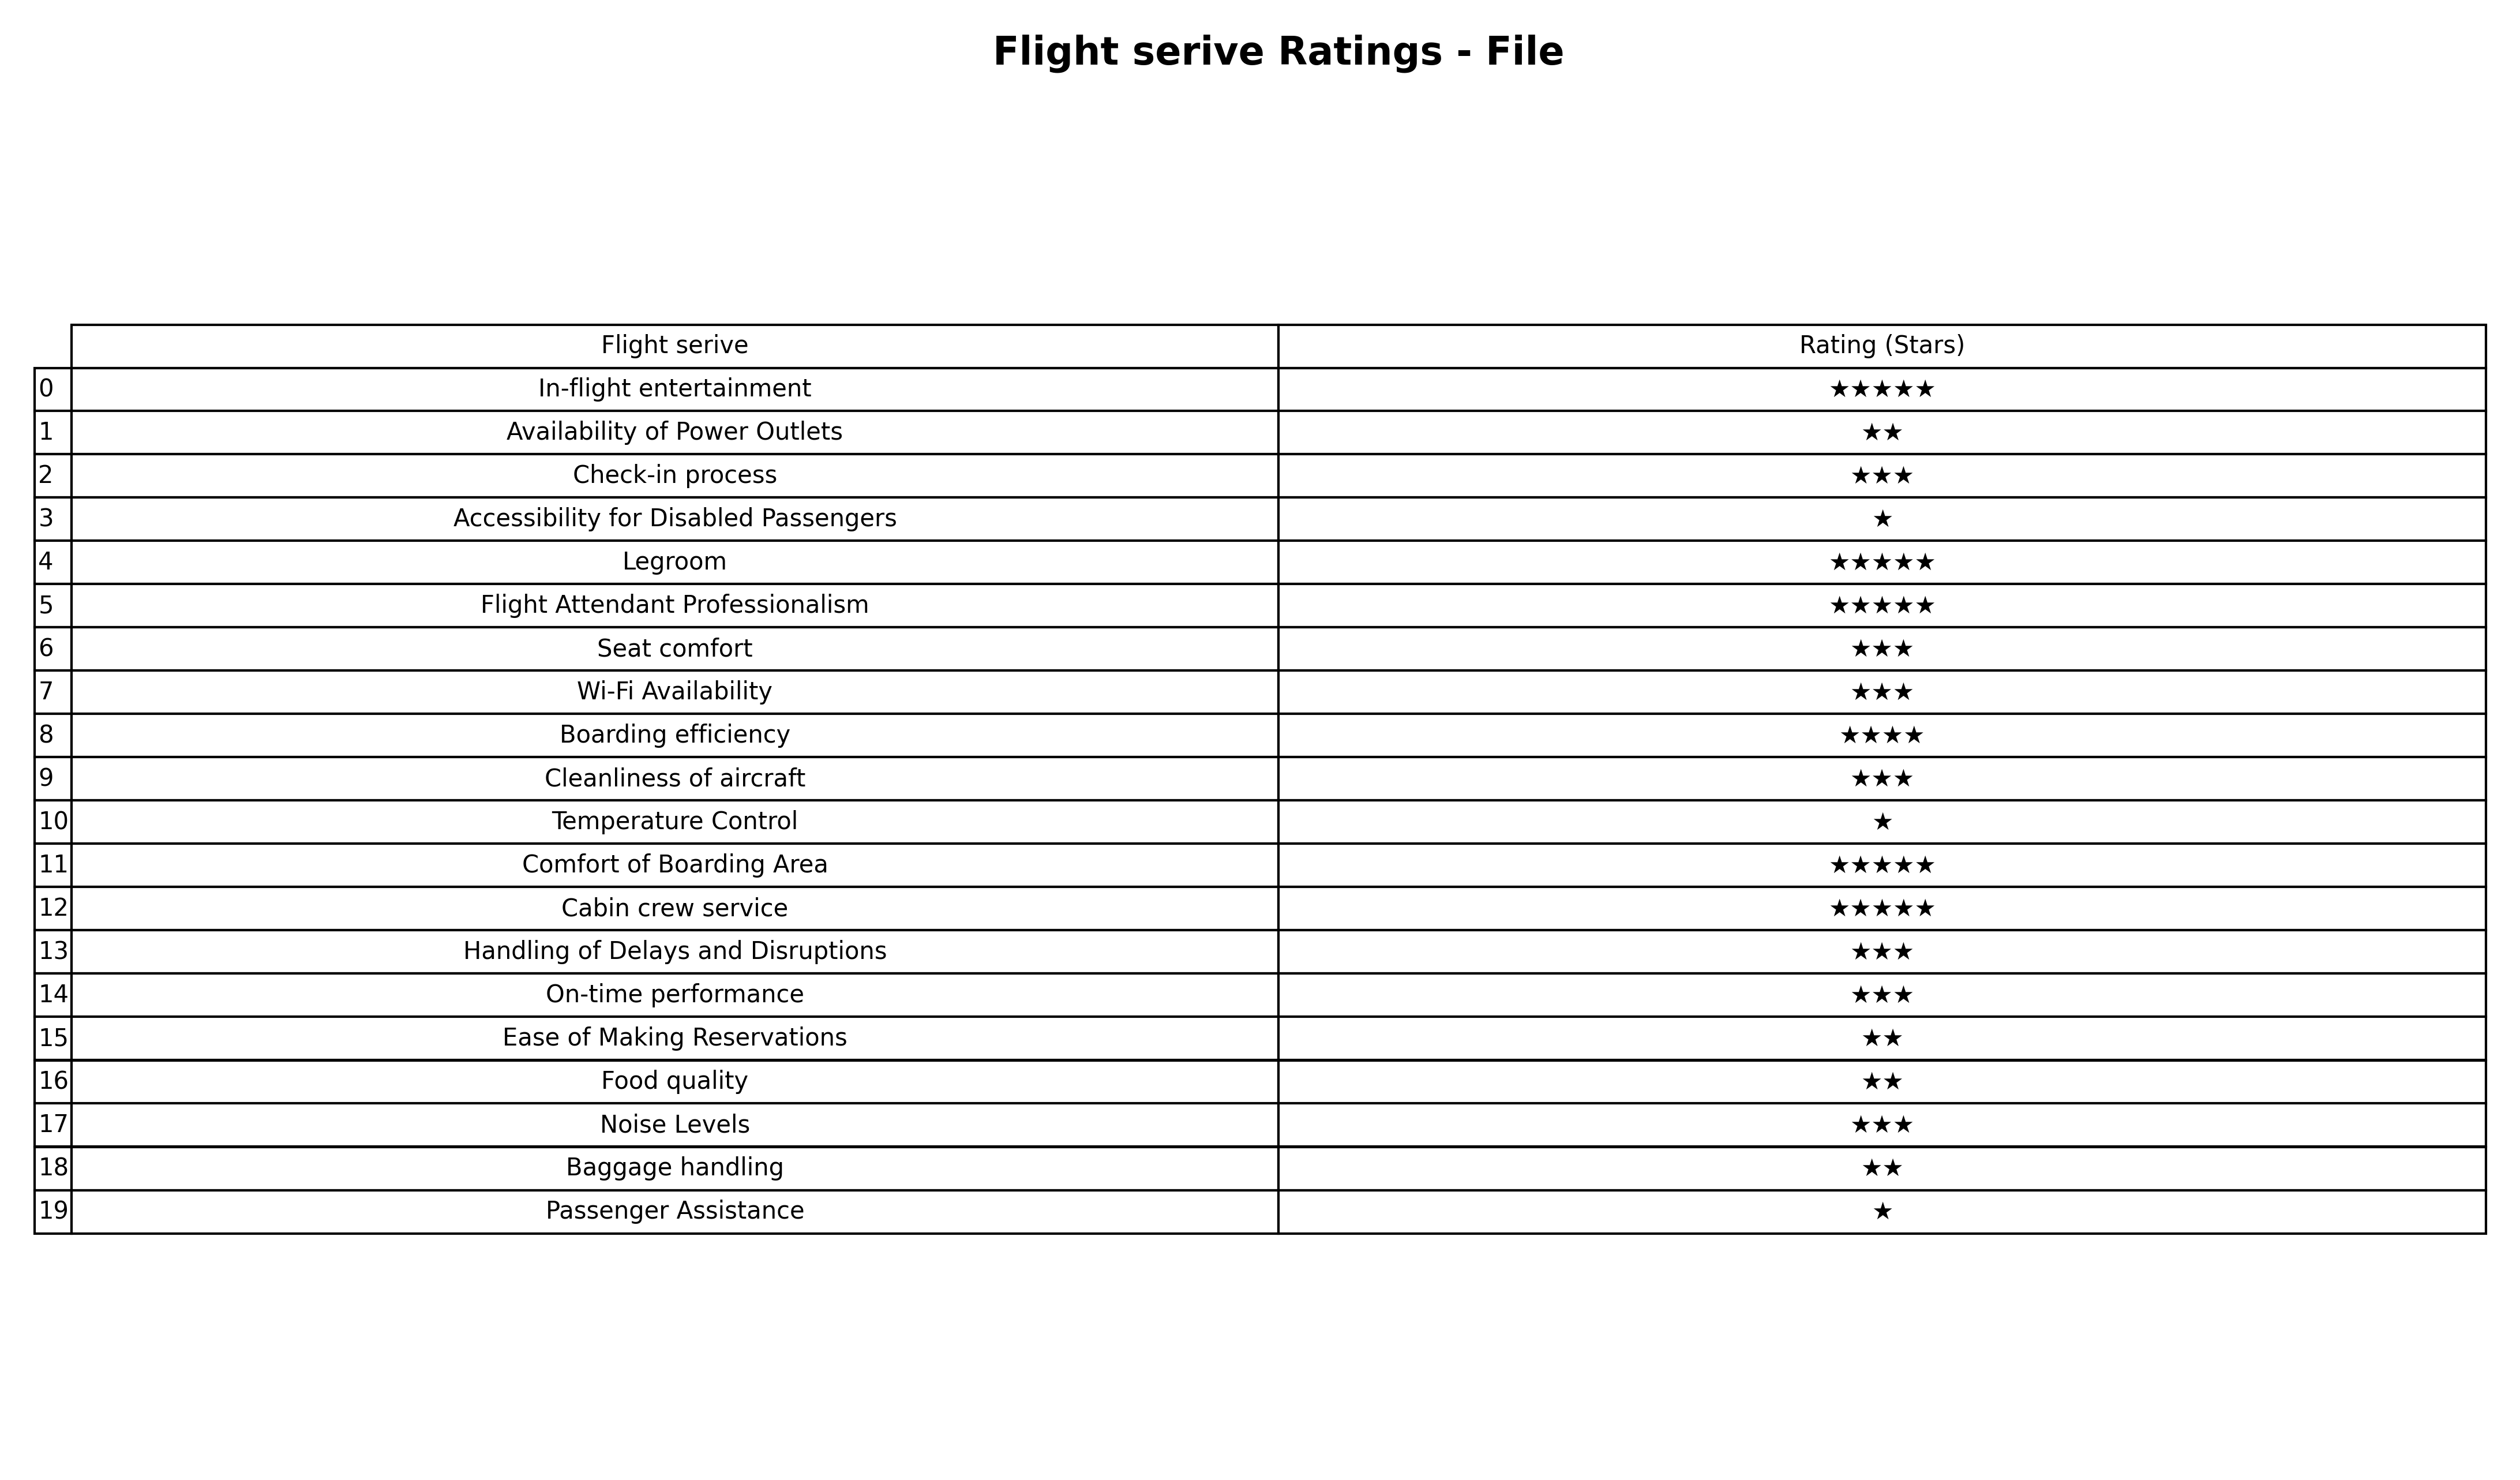
question: What is the rating of Temperature Control?
answer: ★